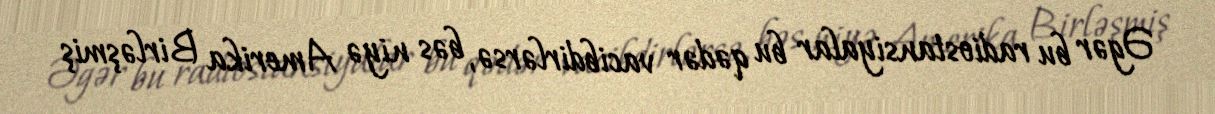
Əgər bu radiostansiyalar bu qədər vacibdirlərsə, bəs niyə Amerika Birləşmiş